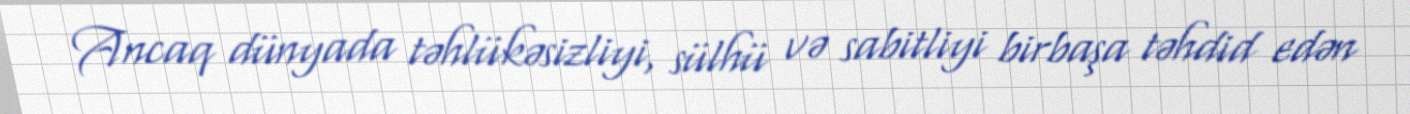
Ancaq dünyada təhlükəsizliyi, sülhü və sabitliyi birbaşa təhdid edən